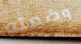
وضعته